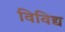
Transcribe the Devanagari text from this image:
विविद्य